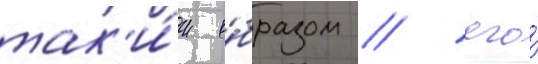
так'и́м о́бразом / его́